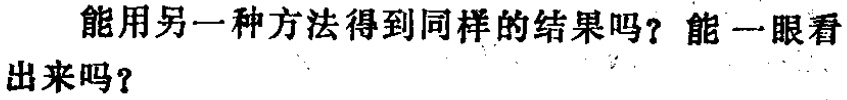
能用另一种方法得到同样的结果吗？能一眼看出来吗？